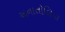
અનાતોલિયા